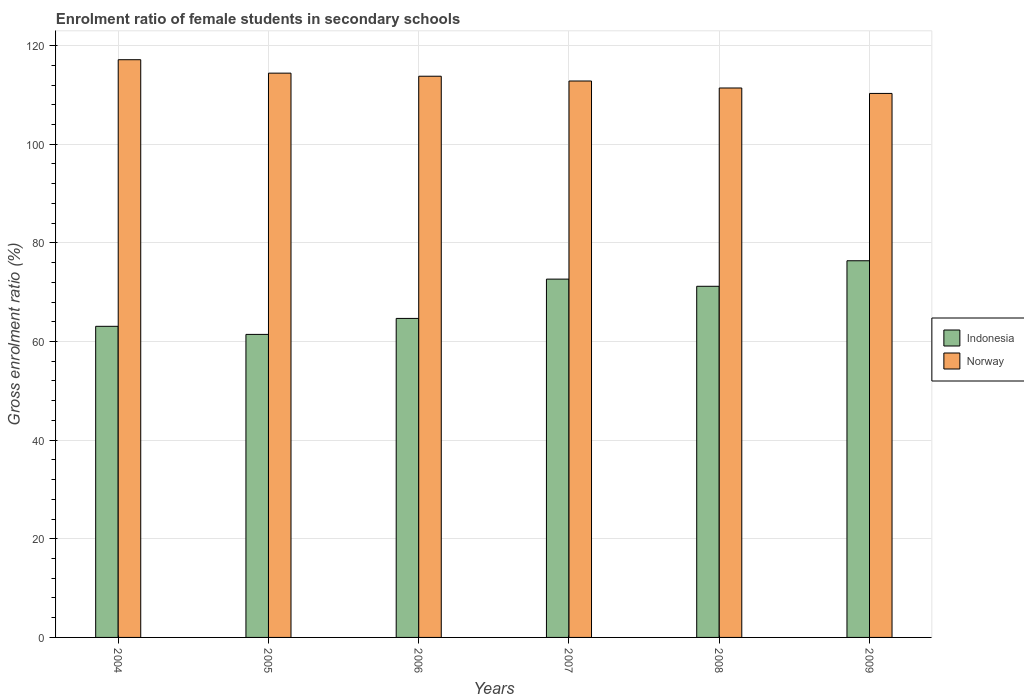
| Years | Indonesia | Norway |
 | --- | --- | --- |
 | 2004 | 63.1 | 117 |
 | 2005 | 61.4 | 114 |
 | 2006 | 64.7 | 114 |
 | 2007 | 72.7 | 113 |
 | 2008 | 71.2 | 111 |
 | 2009 | 76.4 | 110 |